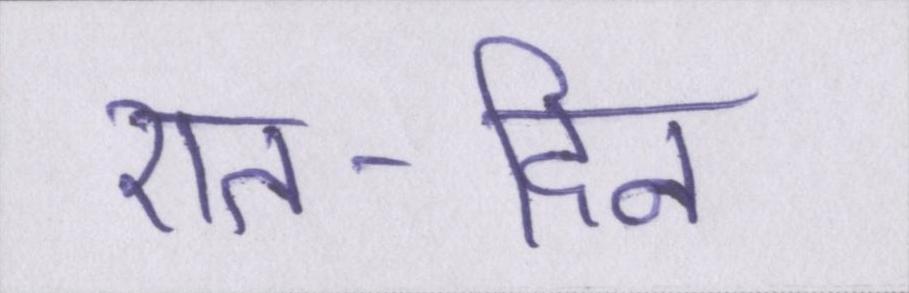
रात-दिन